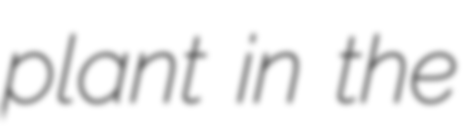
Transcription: plant in the